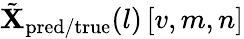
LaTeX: \tilde{\mathbf{X}}_{\mathrm{pred/true}}(l)\left[v,m,n\right]